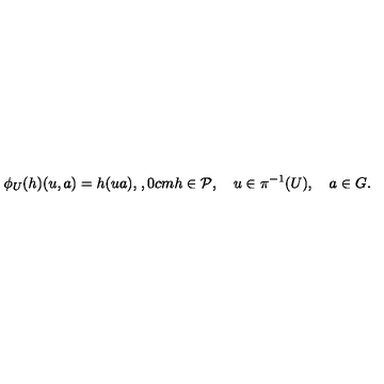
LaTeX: \phi _ { U } ( h ) ( u , a ) = h ( u a ) , \hspace { 1 , 0 c m } h \in { \cal P } , \quad u \in \pi ^ { - 1 } ( U ) , \quad a \in G .